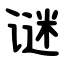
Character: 谜